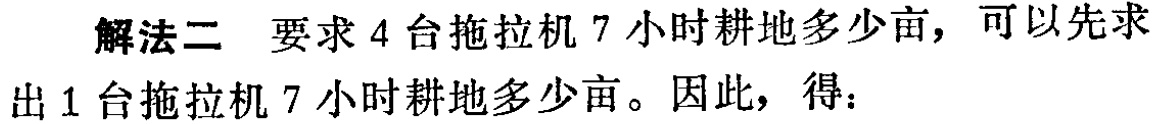
解法二 要求4台拖拉机7小时耕地多少亩，可以先求出1台拖拉机7小时耕地多少亩。因此，得：